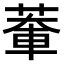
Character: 𫈹